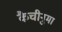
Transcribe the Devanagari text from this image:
कैचीनुमा